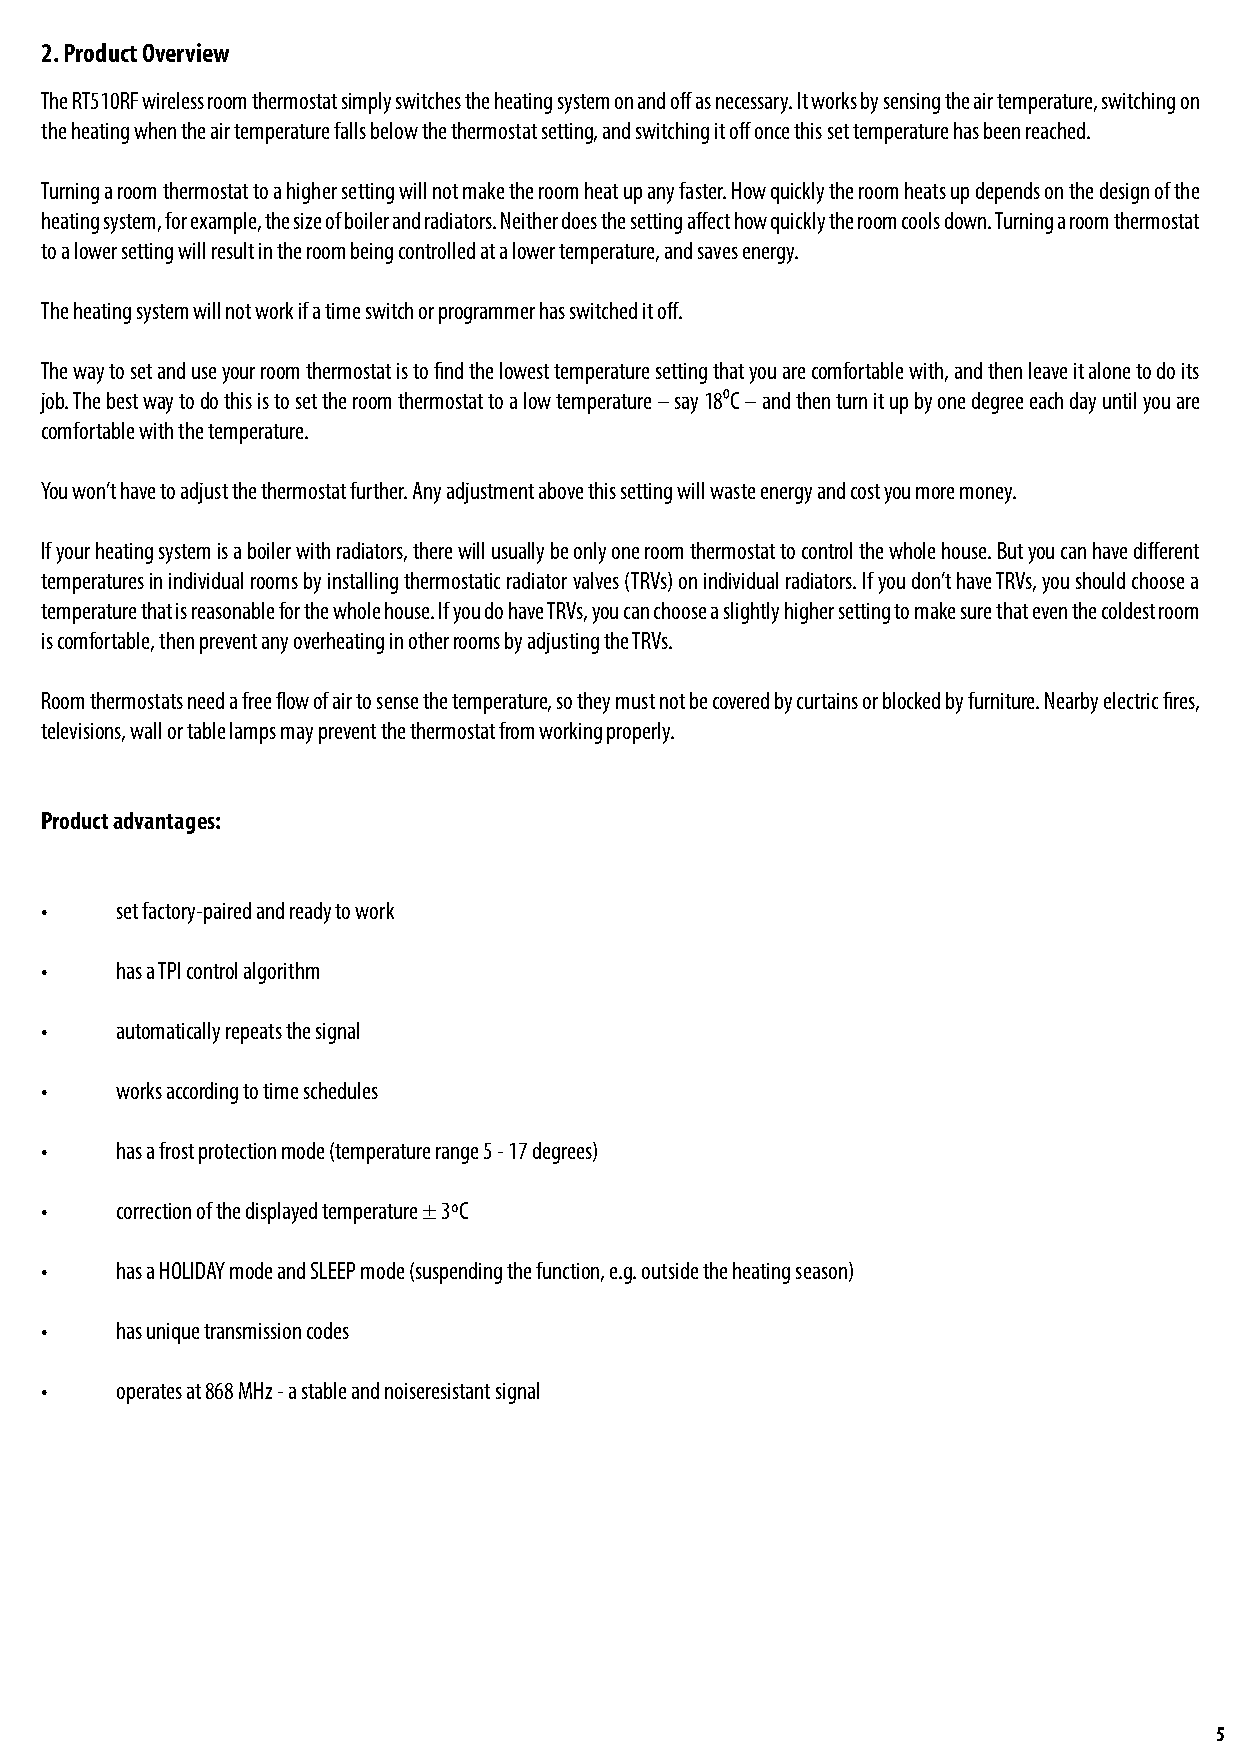
2. Product Overview
 The RT510RF wireless room thermostat simply switches the heating system on and off as necessary. It works by sensing the air temperature, switching on
 the heating when the air temperature falls below the thermostat setting, and switching it off once this set temperature has been reached.
 Turning a room thermostat to a higher setting will not make the room heat up any faster. How quickly the room heats up depends on the design of the
 heating system, for example, the size of boiler and radiators. Neither does the setting affect how quickly the room cools down. Turning a room thermostat
 to a lower setting will result in the room being controlled at a lower temperature, and saves energy.
 The heating system will not work if a time switch or programmer has switched it off.
 The way to set and use your room thermostat is to find the lowest temperature setting that you are comfortable with, and then leave it alone to do its
 job. The best way to do this is to set the room thermostat to a low temperature – say 18⁰C – and then turn it up by one degree each day until you are
 comfortable with the temperature.
 You won’t have to adjust the thermostat further. Any adjustment above this setting will waste energy and cost you more money.
 If your heating system is a boiler with radiators, there will usually be only one room thermostat to control the whole house. But you can have different
 temperatures in individual rooms by installing thermostatic radiator valves (TRVs) on individual radiators. If you don’t have TRVs, you should choose a
 temperature that is reasonable for the whole house. If you do have TRVs, you can choose a slightly higher setting to make sure that even the coldest room
 is comfortable, then prevent any overheating in other rooms by adjusting the TRVs.
 Room thermostats need a free flow of air to sense the temperature, so they must not be covered by curtains or blocked by furniture. Nearby electric fires,
 televisions, wall or table lamps may prevent the thermostat from working properly.
 Product advantages:
 •    set factory-paired and ready to work
 •    has a TPI control algorithm
 •    automatically repeats the signal
 •    works according to time schedules
 •    has a frost protection mode (temperature range 5 - 17 degrees)
 •    correction of the displayed temperature ± 3ºC
 •    has a HOLIDAY mode and SLEEP mode (suspending the function, e.g. outside the heating season)
 •    has unique transmission codes
 •    operates at 868 MHz - a stable and noiseresistant signal
 5